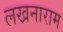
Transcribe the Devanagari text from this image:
लखनाराम